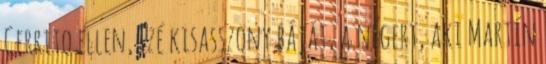
Cerrito ellen, Izé kisasszony báját, a négert, aki Martín